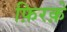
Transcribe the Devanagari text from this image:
फ़िरक़े